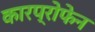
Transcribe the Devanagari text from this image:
कारप्रोफेन